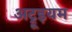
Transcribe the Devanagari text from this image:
अट्रूइयम